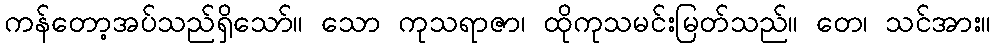
ကန်တော့အပ်သည်ရှိသော်။ သော ကုသရာဇာ၊ ထိုကုသမင်းမြတ်သည်။ တေ၊ သင်အား။